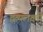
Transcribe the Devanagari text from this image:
द्वव्यलक्ष्मी